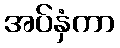
အပ်နှံကာ